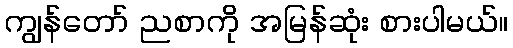
ကျွန်တော် ညစာကို အမြန်ဆုံး စားပါမယ်။